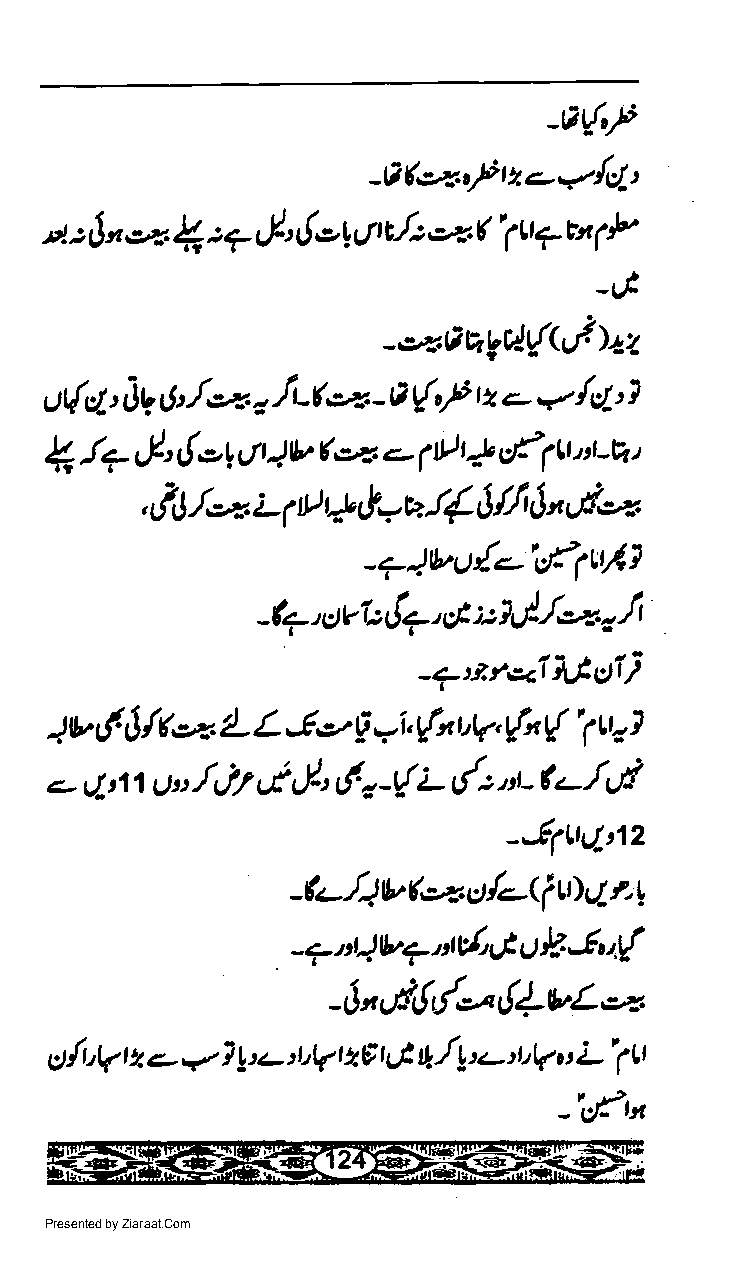
-a{,P
 -A(qrPtz,e,..'{e/-t
 or  { :7,}' (ou.nc./:-r('1u7u
 1F
 "t:$n
 -tf
 -,>xAugil-{Q,h+z
 gt{p!' 11q 6'.f,x r'L(*. - A {,/ tz - a /e7'}
 *
 1 l+,1"!  -l o )b (   o   tl ) s!1u t :r-V t
 t
 /*             S
 4
 , I'J   :- 1 tl 4 t!=v J //' J "'l-x
 Pll
 '+)b't{'-W'
 l.L/*o.l
 -fu - a;tv'c,t7, gE u
 _erlr*lAloI)
 ) v g /b--. L L J e, p *i, r{x ura, {n r{' t'' I
 6                              1
 /J/ ot,l' f'r-t! i- dt * L-'/ul
 <.- 11;t11 tt::
 --Elrtql:12
 (*
 c/-ff
 -(-./1 v          tt) 7' t
 t7
 -7nQV7'ld'UtUEJq{
 -6",1,!d"-{4uLq
 Ul'lV t 4 a,. *, 1 7'-'DV I zg I Ut, rL,n'.-- ntQ u L'1lr
 -',t'n
 Presented by Ziaraat.Com